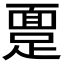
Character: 𫏔